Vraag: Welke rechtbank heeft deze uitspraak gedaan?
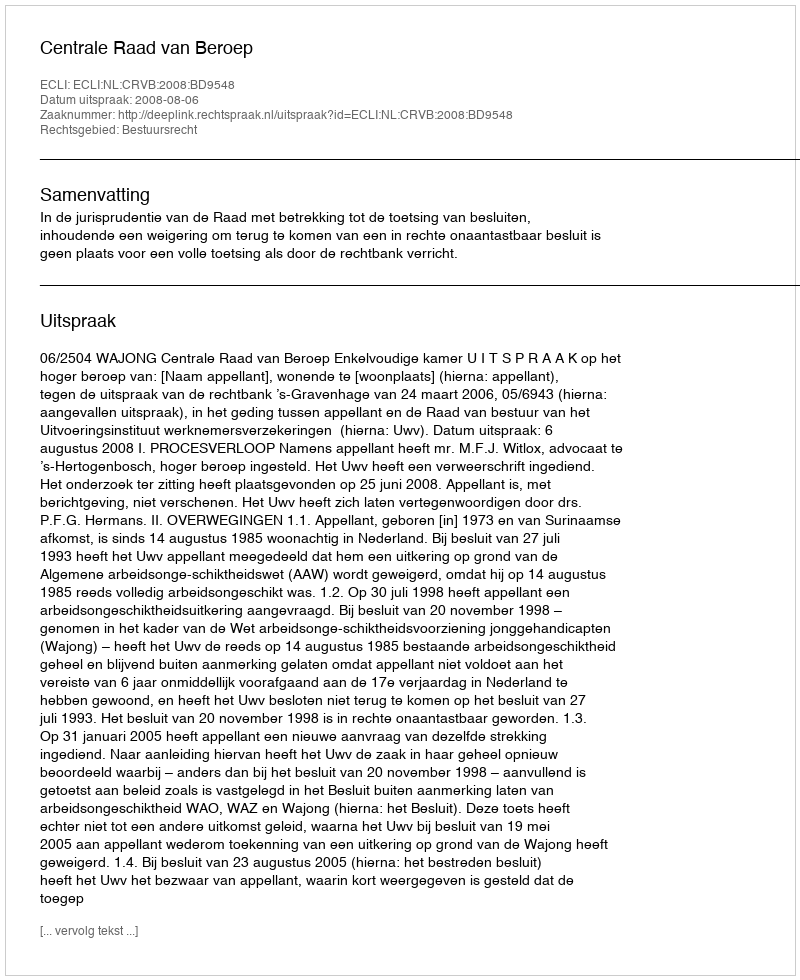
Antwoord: Centrale Raad van Beroep